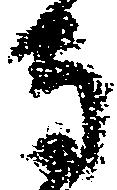
守